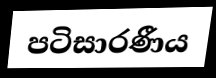
පටිසාරණීය